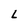
Character: L